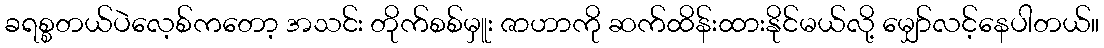
ခရစ္စတယ်ပဲလေ့စ်ကတော့ အသင်း တိုက်စစ်မှူး ဇာဟာကို ဆက်ထိန်းထားနိုင်မယ်လို့ မျှော်လင့်နေပါတယ်။